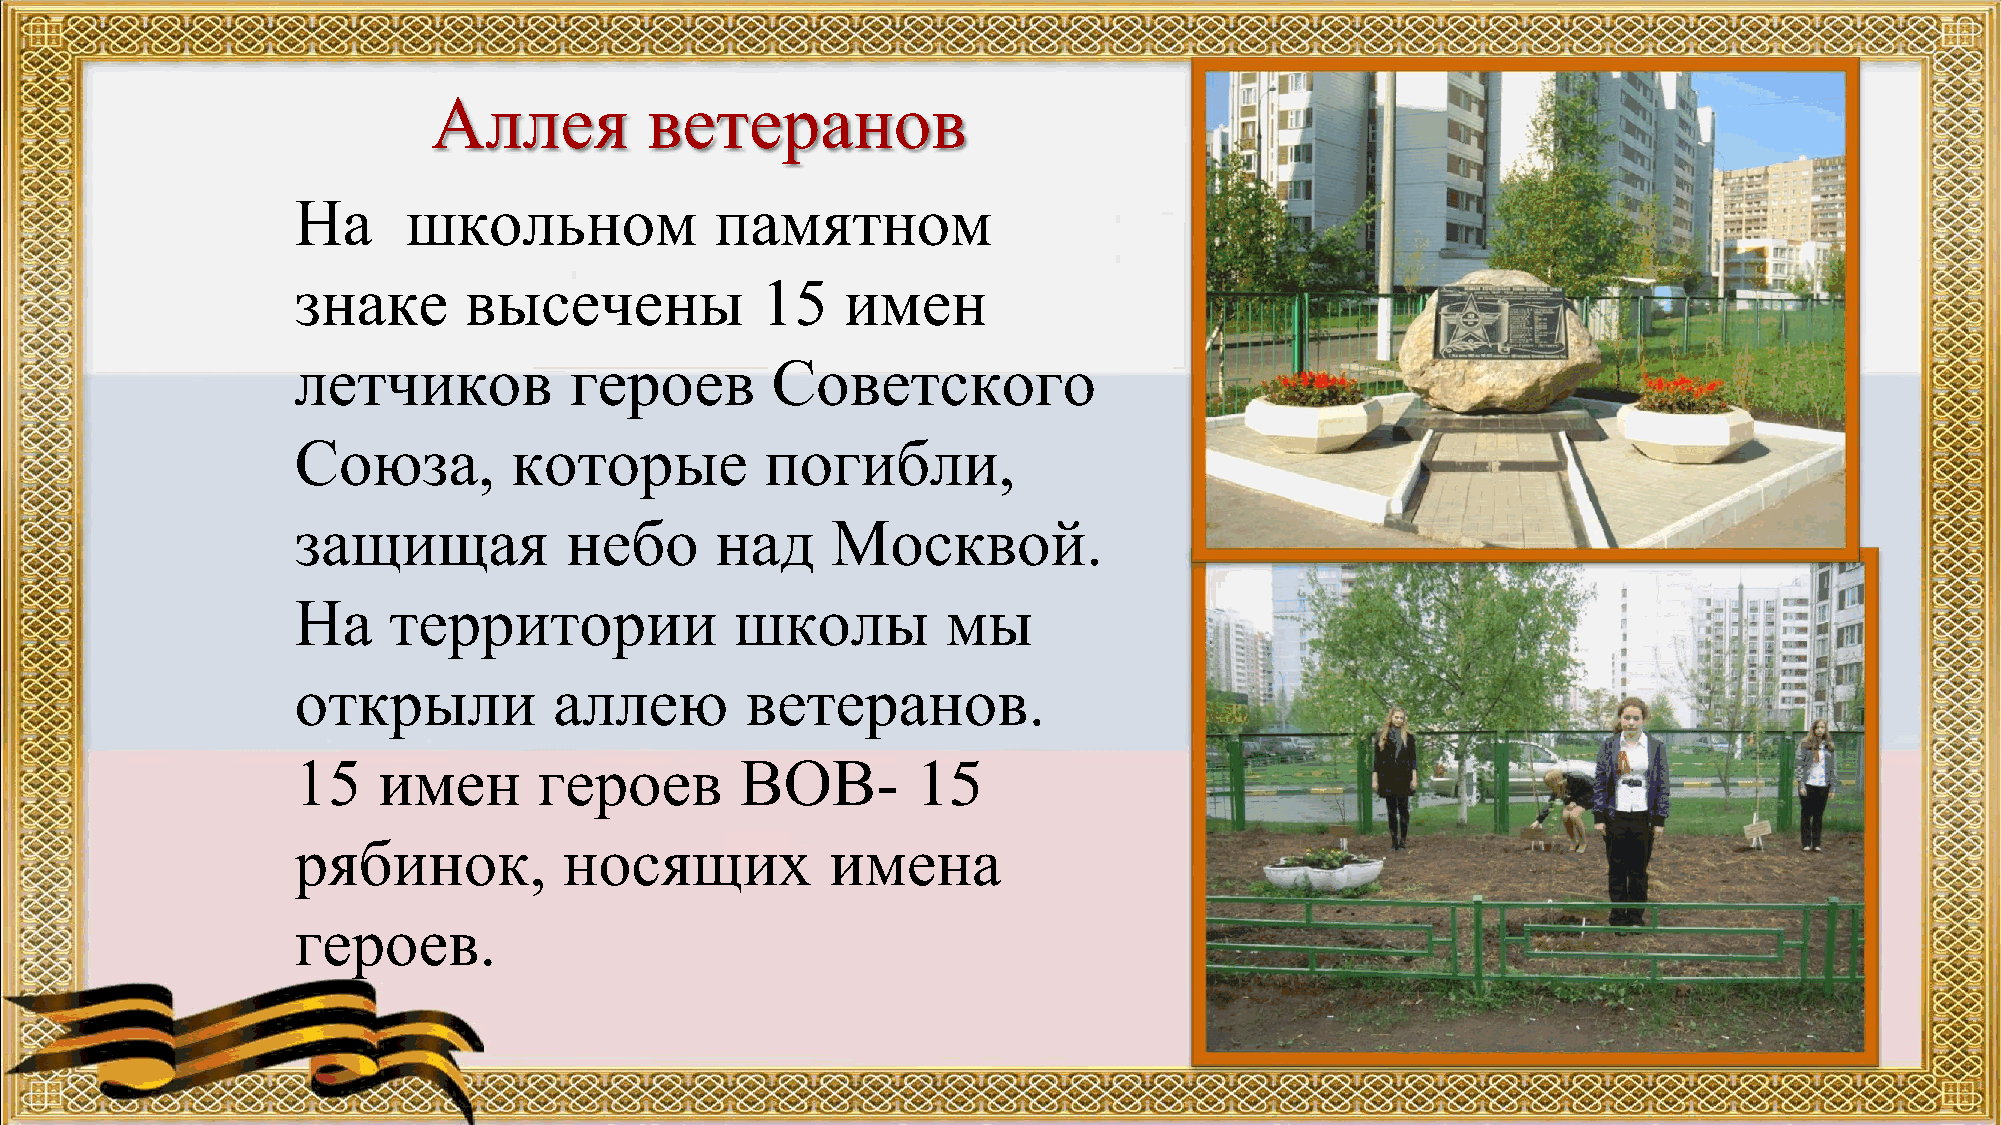
Аллея         ветеранов
 На     школьном            памятном
 знаке      высечены           15    имен
 летчиков          героев       Советского
 Союза,        которые          погибли,
 защищая          небо      над     Москвой.
 На    территории             школы         мы
 открыли          аллею       ветеранов.
 15   имен       героев       ВОВ-        15
 рябинок,         носящих           имена
 героев.